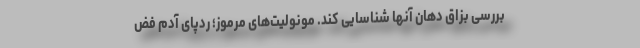
بررسی بزاق دهان آنها شناسایی کند. مونولیت‌های مرموز؛ ردپای آدم فض